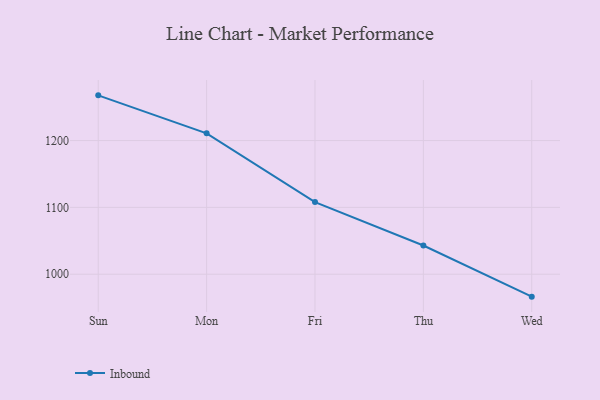
{"axis": {"x": "Day", "y": "Website Visitors"}, "legend": ["Inbound"], "data": [{"x": "Sun", "y": 1267.7, "type": "Inbound"}, {"x": "Mon", "y": 1210.8, "type": "Inbound"}, {"x": "Fri", "y": 1107.9, "type": "Inbound"}, {"x": "Thu", "y": 1042.9, "type": "Inbound"}, {"x": "Wed", "y": 966.4, "type": "Inbound"}]}